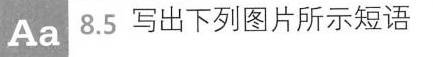
Aa8.5写出下列图片所示短语